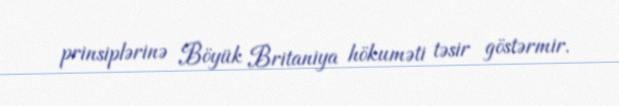
prinsiplərinə Böyük Britaniya hökuməti təsir göstərmir.